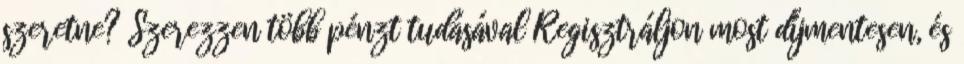
szeretne? Szerezzen több pénzt tudásával Regisztráljon most díjmentesen, és